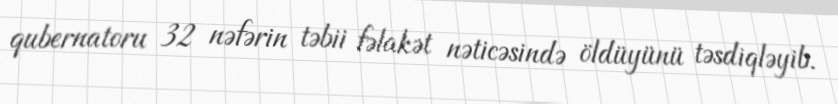
qubernatoru 32 nəfərin təbii fəlakət nəticəsində öldüyünü təsdiqləyib.